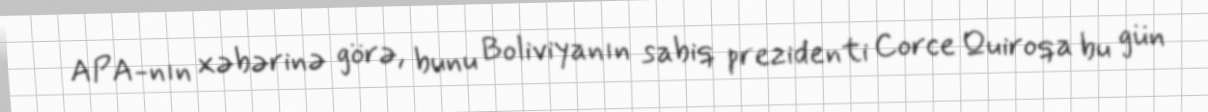
APA-nın xəbərinə görə, bunu Boliviyanın sabiq prezidenti Corce Quiroqa bu gün